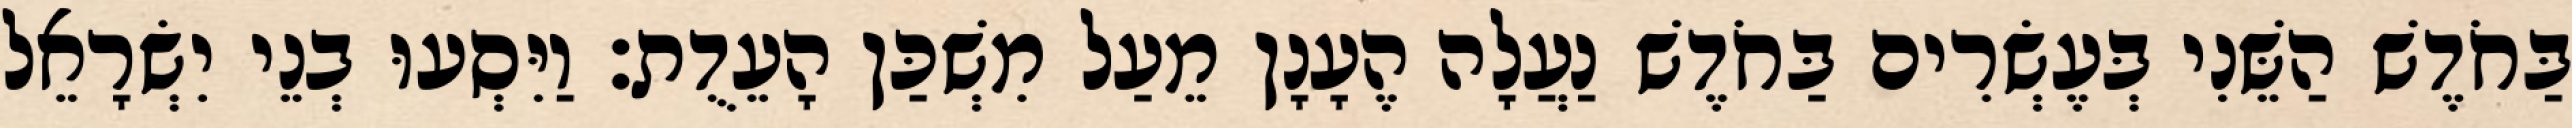
בַּחֹדֶשׁ הַשֵּׁנִי בְּעֶשְׂרִים בַּחֹדֶשׁ נַעֲלָה הֶעָנָן מֵעַל מִשְׁכַּן הָעֵדֻת׃ וַיִּסְעוּ בְנֵי יִשְׂרָאֵל